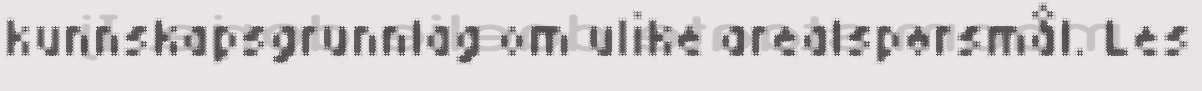
kunnskapsgrunnlag om ulike arealspørsmål. Les